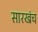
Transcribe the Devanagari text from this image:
सारखंच